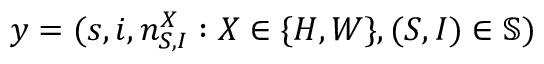
y = ( s , i , n _ { S , I } ^ { X } : X \in \{ H , W \} , ( S , I ) \in \mathbb { S } )